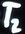
Text: T2